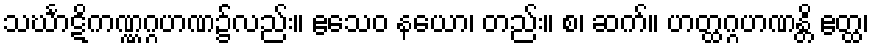
သင်္ဃာဋိကဏ္ဏဂ္ဂဟဏ၌လည်း။ ဧသေဝ နယော၊ တည်း။ စ၊ ဆက်။ ဟတ္ထဂ္ဂဟဏန္တိ ဧတ္ထ၊